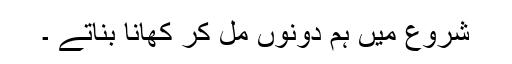
شروع میں ہم دونوں مل کر کھانا بناتے ۔